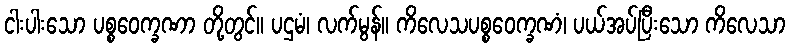
ငါးပါးသော ပစ္စဝေက္ခဏာ တို့တွင်။ ပဌမံ၊ လက်မွန်။ ကိလေသပစ္စဝေက္ခဏံ၊ ပယ်အပ်ပြီးသော ကိလေသာ